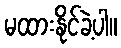
မထားနိုင်ခဲ့ပါ။